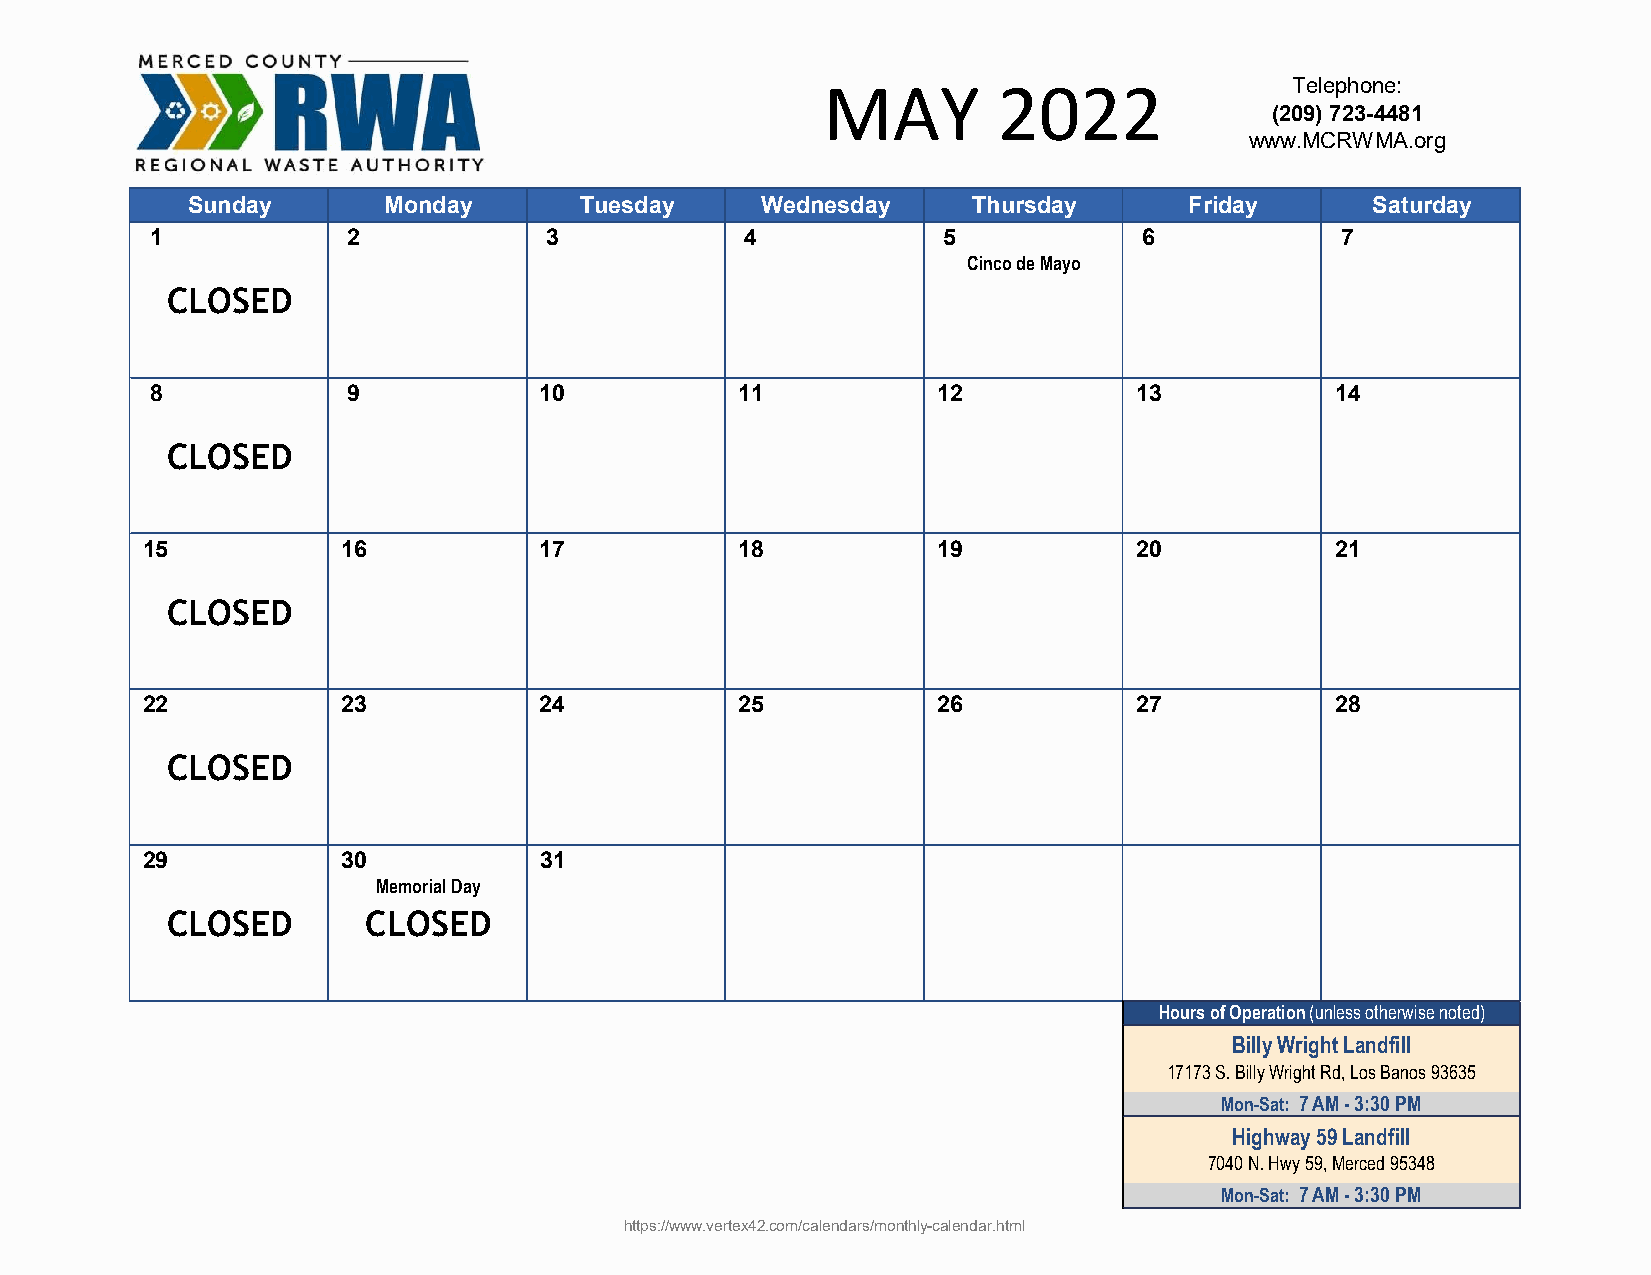
MAY         2022               Telephone:
 (209) 723-4481
 www.MCRWMA.org
 Sunday       Monday       Tuesday     Wednesday     Thursday       Friday      Saturday
 1            2            3            4            5             6            7
 Cinco de Mayo
 CLOSED
 8            9            10           11           12           13           14
 CLOSED
 15            16           17           18           19           20           21
 CLOSED
 22            23           24           25           26           27           28
 CLOSED
 29            30           31
 Memorial Day
 CLOSED       CLOSED
 Hours of Operation (unless otherwise noted)
 Billy Wright Landfill
 17173 S. Billy Wright Rd, Los Banos 93635
 Mon-Sat: 7 AM - 3:30 PM
 Highway 59 Landfill
 7040 N. Hwy 59, Merced 95348
 Mon-Sat: 7 AM - 3:30 PM
 https://www.vertex42.com/calendars/monthly-calendar.html